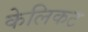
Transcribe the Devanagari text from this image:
केलिकट